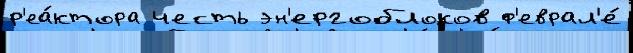
р'еа́ктора честь эн'ергоблоков ф'еврал'е́